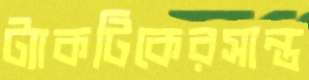
ট্যাকটিকেরসান্ত